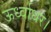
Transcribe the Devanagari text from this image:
ऊर्ध्वाधर।